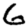
Digit: 6